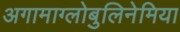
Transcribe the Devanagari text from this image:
अगामाग्लोबुलिनेमिया